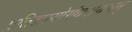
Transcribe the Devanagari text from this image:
प्रतिज्ञायोगंधरायणम्